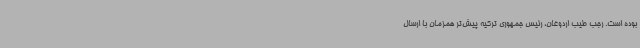
بوده است. رجب طیب اردوغان،‌ رئیس جمهوری ترکیه پیش‌تر همزمان با ارسال